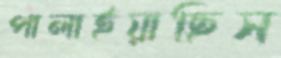
পালাইয়াছিস